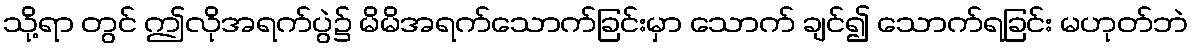
သို့ရာ တွင် ဤလိုအရက်ပွဲ၌ မိမိအရက်သောက်ခြင်းမှာ သောက် ချင်၍ သောက်ရခြင်း မဟုတ်ဘဲ